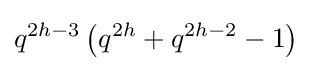
q^{2h-3}\left(q^{2h}+q^{2h-2}-1\right)